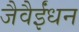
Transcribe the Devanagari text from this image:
जैवैईंधन